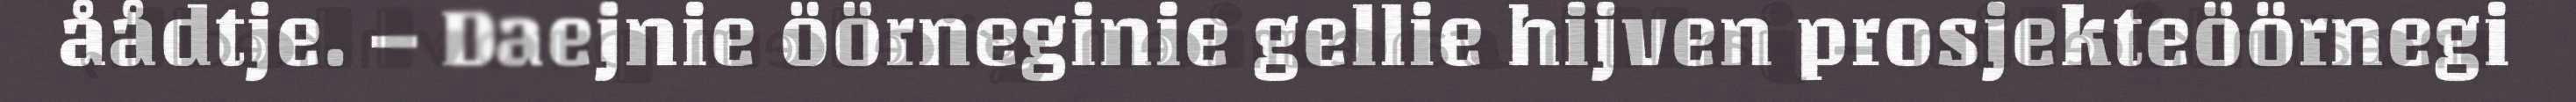
åådtje. – Daejnie öörneginie gellie hijven prosjekteöörnegi